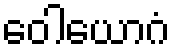
ဝေါယောဂံ